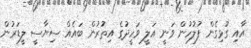
އާއި ގުޅިގެން ފުލުހުން ވަނީ އަލީ ވަހީދުގެ އިތުރުން ބައެއް ސިޔާސީ ލީޑަރުން